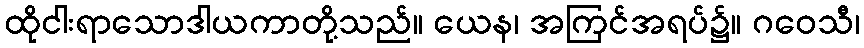
ထိုငါးရာသောဒါယကာတို့သည်။ ယေန၊ အကြင်အရပ်၌။ ဂဝေသီ၊